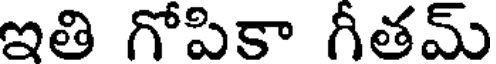
ఇతి గోపికా గీతమ్